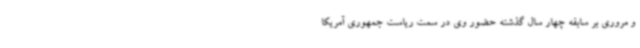
و مروری بر سابقه چهار سال گذشته حضور وی در سمت ریاست جمهوری آمریکا